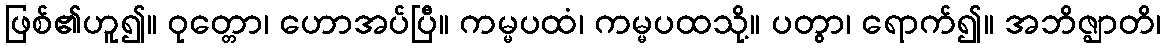
ဖြစ်၏ဟူ၍။ ဝုတ္တော၊ ဟောအပ်ပြီ။ ကမ္မပထံ၊ ကမ္မပထသို့။ ပတွာ၊ ရောက်၍။ အဘိဇ္ဈာတိ၊